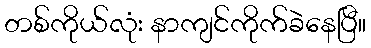
တစ်ကိုယ်လုံး နာကျင်ကိုက်ခဲနေပြီ။